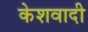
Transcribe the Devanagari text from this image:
केशवादी